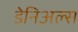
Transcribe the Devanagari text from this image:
डेनिअल्स